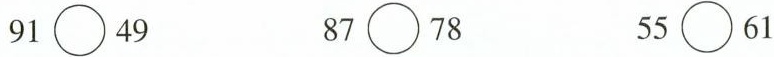
$$91\bigcirc{}49$$ $$87\bigcirc{}78$$ $$55\bigcirc{}61$$